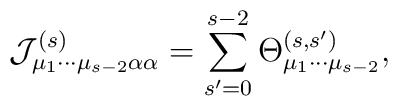
{\cal J}_{\mu _{1}\cdots \mu _{s-2}\alpha \alpha }^{(s)}=\sum_{s^{\prime}=0}^{s-2}\Theta _{\mu _{1}\cdots \mu _{s-2}}^{(s,s^{\prime })},